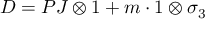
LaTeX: D = P J \otimes 1 + m \cdot 1 \otimes \sigma _ { 3 }